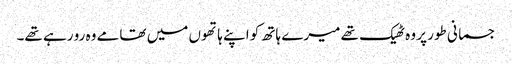
جسمانی طور پر وہ ٹھیک تھے میرے ہاتھ کو اپنے ہاتھوں میں تھامے وہ رو رہے تھے۔